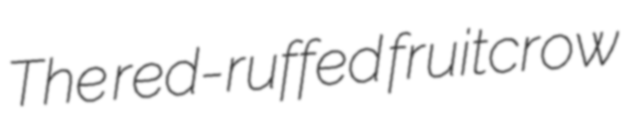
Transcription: The red-ruffed fruitcrow